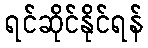
ရင်ဆိုင်နိုင်ရန်